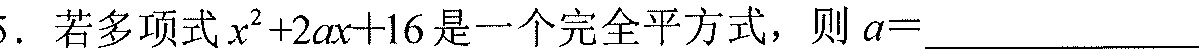
5. 若多项式\(x^{2}+2ax + 16\)是一个完全平方式，则\(a = \_\_\_\_\_\_\_\_\)